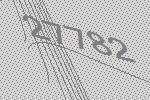
27782